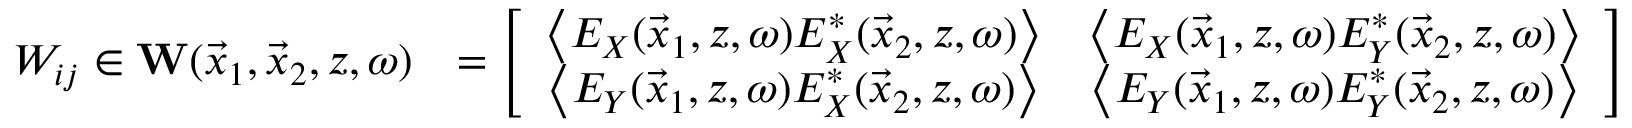
\begin{array} { r l } { W _ { i j } \in { \bf W } ( \vec { x } _ { 1 } , \vec { x } _ { 2 } , z , \omega ) } & { = \left[ \begin{array} { c c } { \left\langle E _ { X } ( \vec { x } _ { 1 } , z , \omega ) E _ { X } ^ { * } ( \vec { x } _ { 2 } , z , \omega ) \right\rangle } & { \left\langle E _ { X } ( \vec { x } _ { 1 } , z , \omega ) E _ { Y } ^ { * } ( \vec { x } _ { 2 } , z , \omega ) \right\rangle } \\ { \left\langle E _ { Y } ( \vec { x } _ { 1 } , z , \omega ) E _ { X } ^ { * } ( \vec { x } _ { 2 } , z , \omega ) \right\rangle } & { \left\langle E _ { Y } ( \vec { x } _ { 1 } , z , \omega ) E _ { Y } ^ { * } ( \vec { x } _ { 2 } , z , \omega ) \right\rangle } \end{array} \right] } \end{array}